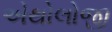
એથોલોજી